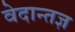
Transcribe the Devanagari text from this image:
वेदान्तज्ञ